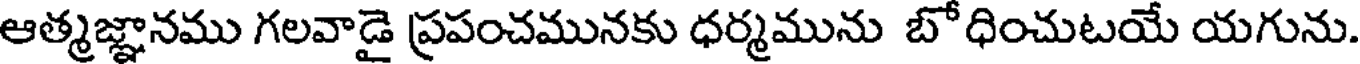
ఆత్మజ్ఞానము గలవాడై ప్రపంచమునకు ధర్మమును బోధించుటయే యగును.